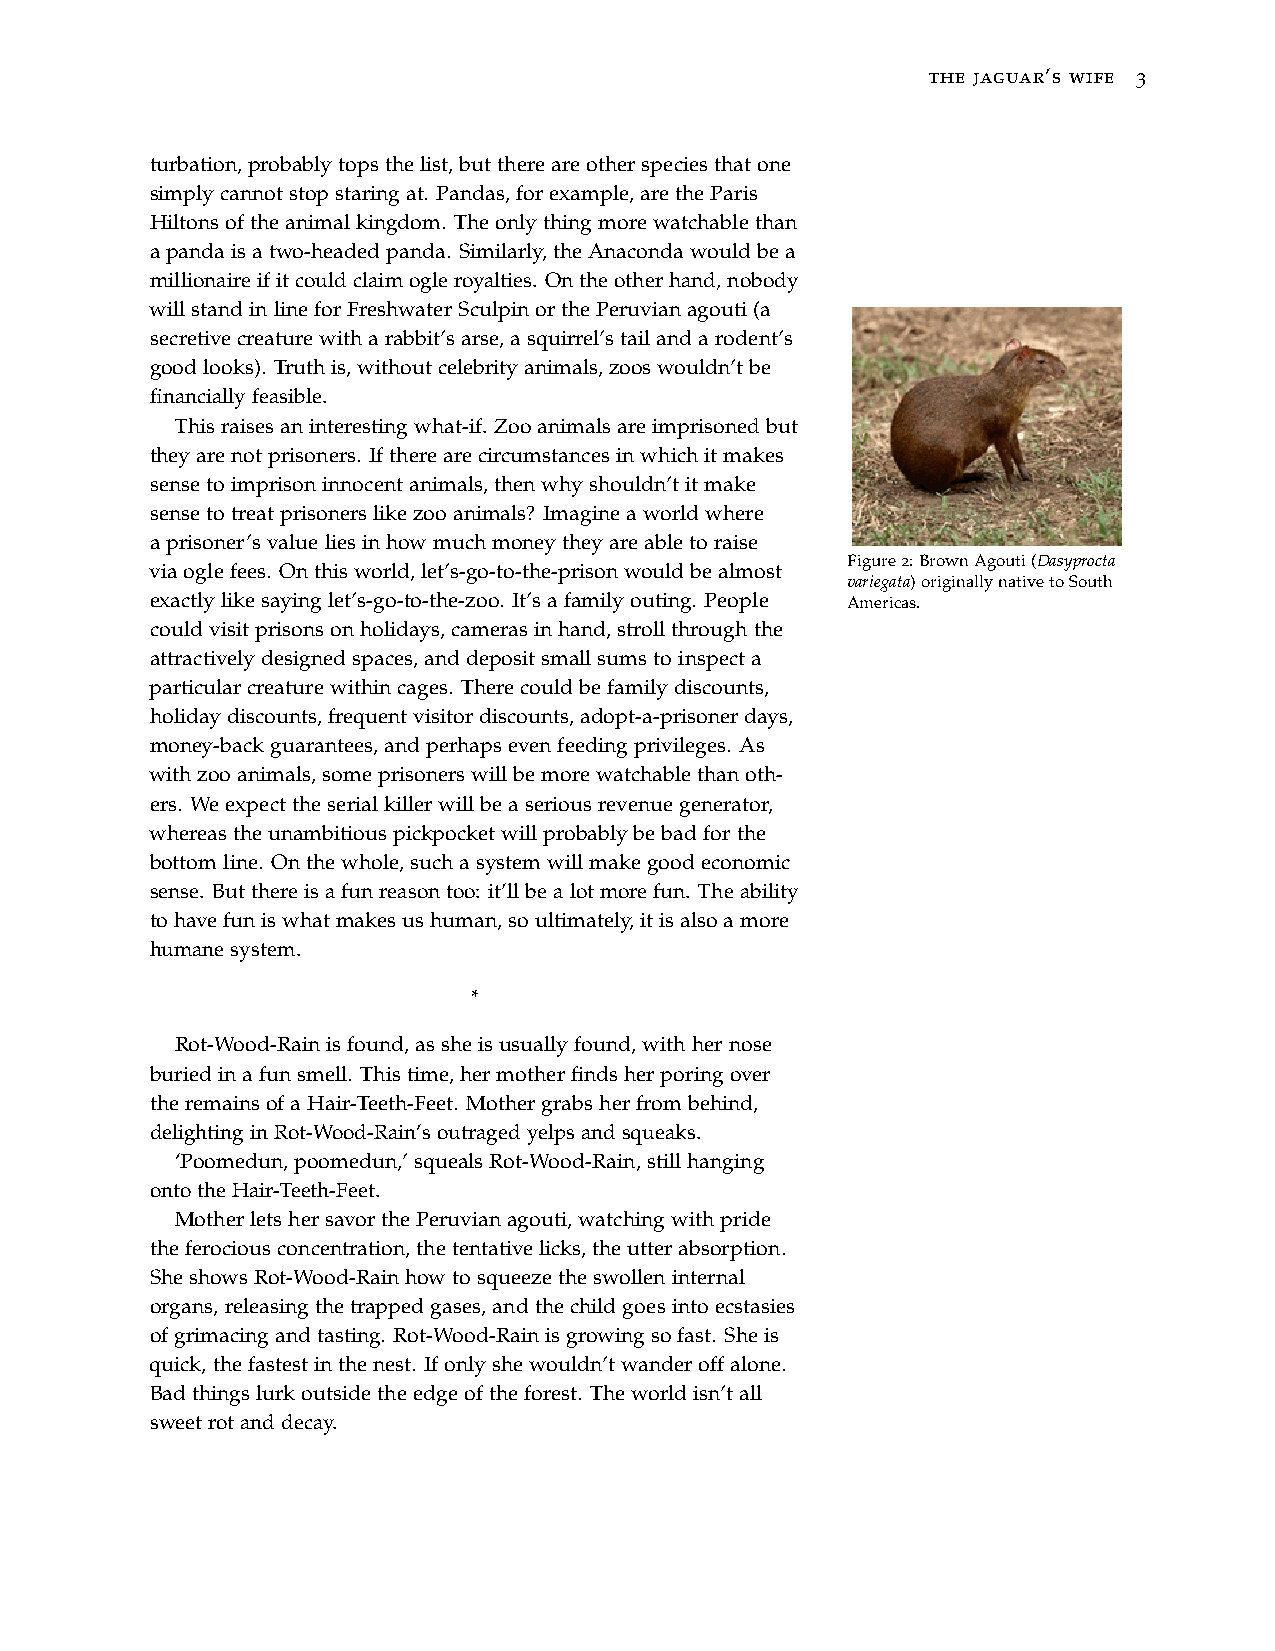
the jaguar’s wife 3
 turbation,probablytopsthelist,butthereareotherspeciesthatone
 simplycannotstopstaringat. Pandas,forexample,aretheParis
 Hiltonsoftheanimalkingdom. Theonlythingmorewatchablethan
 apandaisatwo-headedpanda. Similarly,theAnacondawouldbea
 millionaireifitcouldclaimogleroyalties. Ontheotherhand,nobody
 willstandinlineforFreshwaterSculpinorthePeruvianagouti(a
 secretivecreaturewitharabbit’sarse,asquirrel’stailandarodent’s
 goodlooks). Truthis,withoutcelebrityanimals,zooswouldn’tbe
 financiallyfeasible.
 Thisraisesaninterestingwhat-if. Zooanimalsareimprisonedbut
 theyarenotprisoners. Iftherearecircumstancesinwhichitmakes
 sensetoimprisoninnocentanimals,thenwhyshouldn’titmake
 sensetotreatprisonerslikezooanimals? Imagineaworldwhere
 aprisoner’svalueliesinhowmuchmoneytheyareabletoraise
 Figure2:BrownAgouti(Dasyprocta
 viaoglefees. Onthisworld,let’s-go-to-the-prisonwouldbealmost
 variegata)originallynativetoSouth
 exactlylikesayinglet’s-go-to-the-zoo. It’safamilyouting. People Americas.
 couldvisitprisonsonholidays,camerasinhand,strollthroughthe
 attractivelydesignedspaces,anddepositsmallsumstoinspecta
 particularcreaturewithincages. Therecouldbefamilydiscounts,
 holidaydiscounts,frequentvisitordiscounts,adopt-a-prisonerdays,
 money-backguarantees,andperhapsevenfeedingprivileges. As
 withzooanimals,someprisonerswillbemorewatchablethanoth-
 ers. Weexpecttheserialkillerwillbeaseriousrevenuegenerator,
 whereastheunambitiouspickpocketwillprobablybebadforthe
 bottomline. Onthewhole,suchasystemwillmakegoodeconomic
 sense. Butthereisafunreasontoo: it’llbealotmorefun. Theability
 tohavefuniswhatmakesushuman,soultimately,itisalsoamore
 humanesystem.
 *
 Rot-Wood-Rainisfound,assheisusuallyfound,withhernose
 buriedinafunsmell. Thistime,hermotherfindsherporingover
 theremainsofaHair-Teeth-Feet. Mothergrabsherfrombehind,
 delightinginRot-Wood-Rain’soutragedyelpsandsqueaks.
 ‘Poomedun,poomedun,’squealsRot-Wood-Rain,stillhanging
 ontotheHair-Teeth-Feet.
 MotherletshersavorthePeruvianagouti,watchingwithpride
 theferociousconcentration,thetentativelicks,theutterabsorption.
 SheshowsRot-Wood-Rainhowtosqueezetheswolleninternal
 organs,releasingthetrappedgases,andthechildgoesintoecstasies
 ofgrimacingandtasting. Rot-Wood-Rainisgrowingsofast. Sheis
 quick,thefastestinthenest. Ifonlyshewouldn’twanderoffalone.
 Badthingslurkoutsidetheedgeoftheforest. Theworldisn’tall
 sweetrotanddecay.